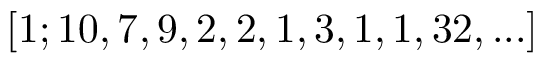
[ 1 ; 1 0 , 7 , 9 , 2 , 2 , 1 , 3 , 1 , 1 , 3 2 , . . . ]